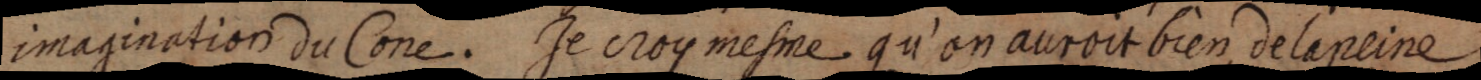
imagination du Cone. Je croy mesme qu’on auroit bien de la peine